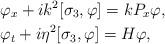
LaTeX: \begin{align*}&\varphi_x+ik^2[\sigma_3,\varphi]=kP_x\varphi,\\&\varphi_t+i\eta^2[\sigma_3,\varphi]= H\varphi,\end{align*}